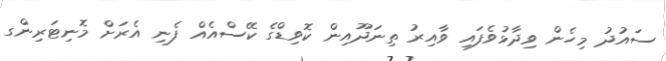
ސައުދު މިހެން ވިދާޅުވެފައި ވާއިރު ތިނަދޫއިން ކޮވިޑްގެ ކޭސްއެއް ފެނި އެރަށް މޮނިޓަރިންގ